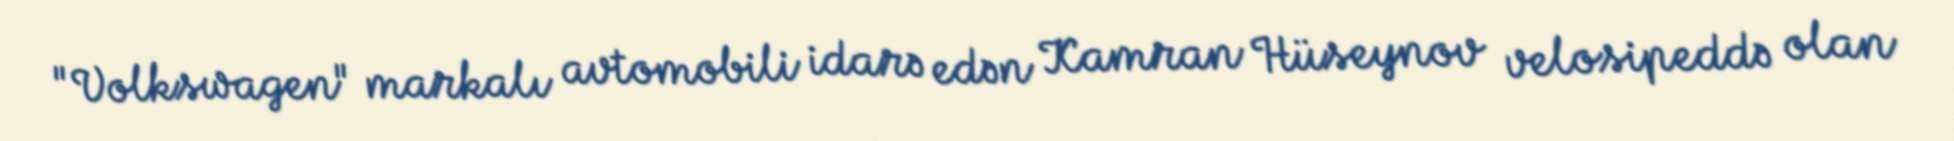
"Volkswagen" markalı avtomobili idarə edən Kamran Hüseynov velosipeddə olan